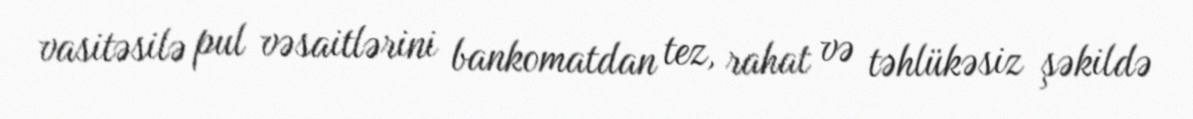
vasitəsilə pul vəsaitlərini bankomatdan tez, rahat və təhlükəsiz şəkildə